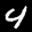
Label: 4